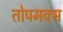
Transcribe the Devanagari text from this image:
तोपमक्स